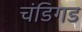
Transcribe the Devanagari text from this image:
चंडिगड